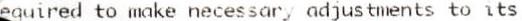
REQUIRED TO MAKE NECESSARY ADJUSTMENTS TO ITS